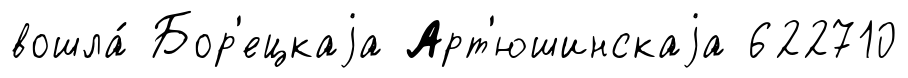
вошла́ Бор'ецкаjа Арт'юшинскаjа 622710